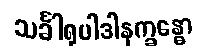
သင်္ခါရုပါဒါနက္ခန္ဓော